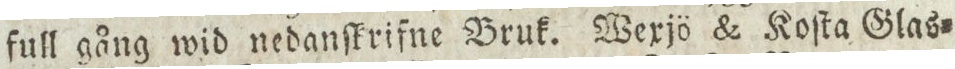
full gång wid nedanſkrifne Bruk. Wexjö & Koſta Glas=